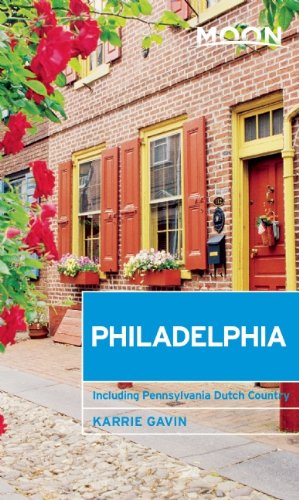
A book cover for Moon Philadelphia: Including Pennsylvania Dutch Country (Moon Handbooks); Karrie Gavin; Travel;